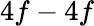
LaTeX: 4f-4f